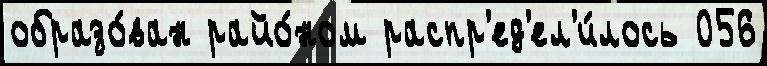
образо́ван райо́ном распр'ед'ел'и́лось 056